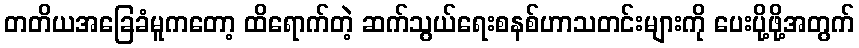
တတိယအခြေခံမူကတော့ ထိရောက်တဲ့ ဆက်သွယ်ရေးစနစ်ဟာသတင်းများကို ပေးပို့ဖို့အတွက်